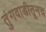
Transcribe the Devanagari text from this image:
तुंगवाडीतूनच